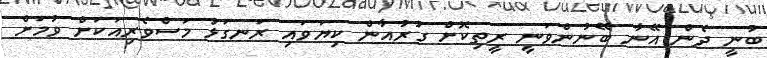
ބުނީ ދެން އޭނާ ބޭނުންވަނީ ރީތިކޮށް ގުރުއާން ކިޔަވައި ރަނގަޅު މަސްވެރިއަކަށް ވުމަށް